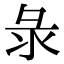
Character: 彔